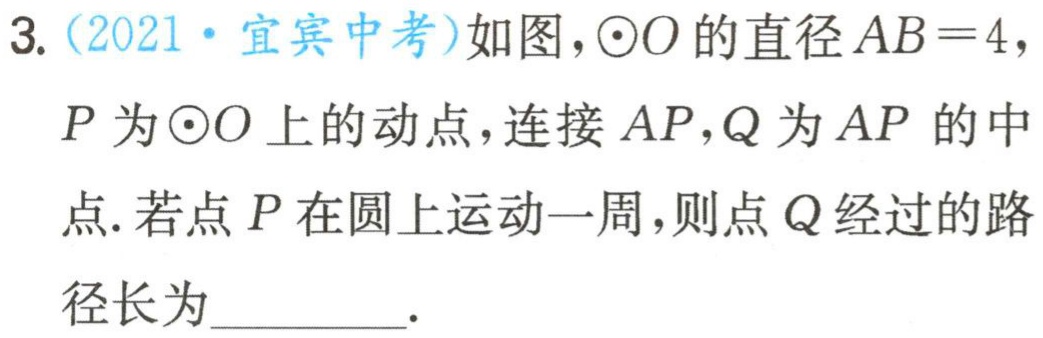
3. (2021·宜宾中考)如图，\(\odot O\)的直径\(AB = 4\)，\(P\)为\(\odot O\)上的动点，连接\(AP\)，\(Q\)为\(AP\)的中点. 若点\(P\)在圆上运动一周，则点\(Q\)经过的路径长为_________.